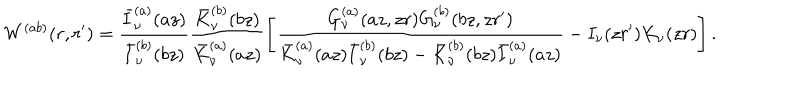
LaTeX: W ^ { ( a b ) } ( r , r ^ { \prime } ) = \frac { \bar { I } _ { \nu } ^ { ( a ) } ( a z ) } { \bar { I } _ { \nu } ^ { ( b ) } ( b z ) } \frac { \bar { K } _ { \nu } ^ { ( b ) } ( b z ) } { \bar { K } _ { \nu } ^ { ( a ) } ( a z ) } \left[ \frac { G _ { \nu } ^ { ( a ) } ( a z , z r ) G _ { \nu } ^ { ( b ) } ( b z , z r ^ { \prime } ) } { \bar { K } _ { \nu } ^ { ( a ) } ( a z ) \bar { I } _ { \nu } ^ { ( b ) } ( b z ) - \bar { K } _ { \nu } ^ { ( b ) } ( b z ) \bar { I } _ { \nu } ^ { ( a ) } ( a z ) } - I _ { \nu } ( z r ^ { \prime } ) K _ { \nu } ( z r ) \right] .